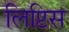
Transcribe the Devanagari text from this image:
लिप्टिस